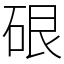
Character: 硍